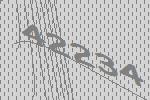
42234